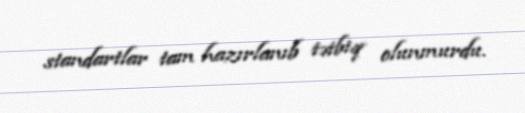
standartlar tam hazırlanıb tətbiq olunmurdu.